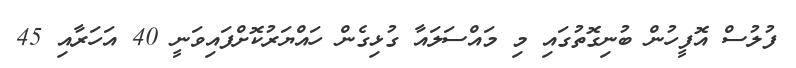
ފުލުސް އޮފީހުން ބުނިގޮތުގައި މި މައްސަލައާ ގުޅިގެން ހައްޔަރުކޮށްފައިވަނީ 40 އަހަރާއި 45